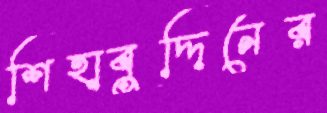
শিহাবুদ্দিনের